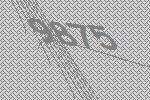
9875